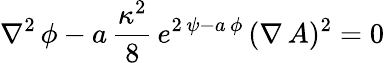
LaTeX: \nabla^{2}\, \phi-a\, {\frac{\kappa^{2}}{8}}\, e^{2\, \psi-a\, \phi}\, (\nabla\, A)^{2}=0